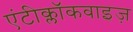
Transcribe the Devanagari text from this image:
एंटीक्लॉकवाइज़